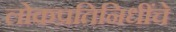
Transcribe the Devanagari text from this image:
लोकप्रतिनिधींचे